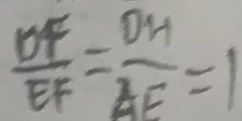
\frac { D F } { E F } = \frac { D H } { A E } = 1